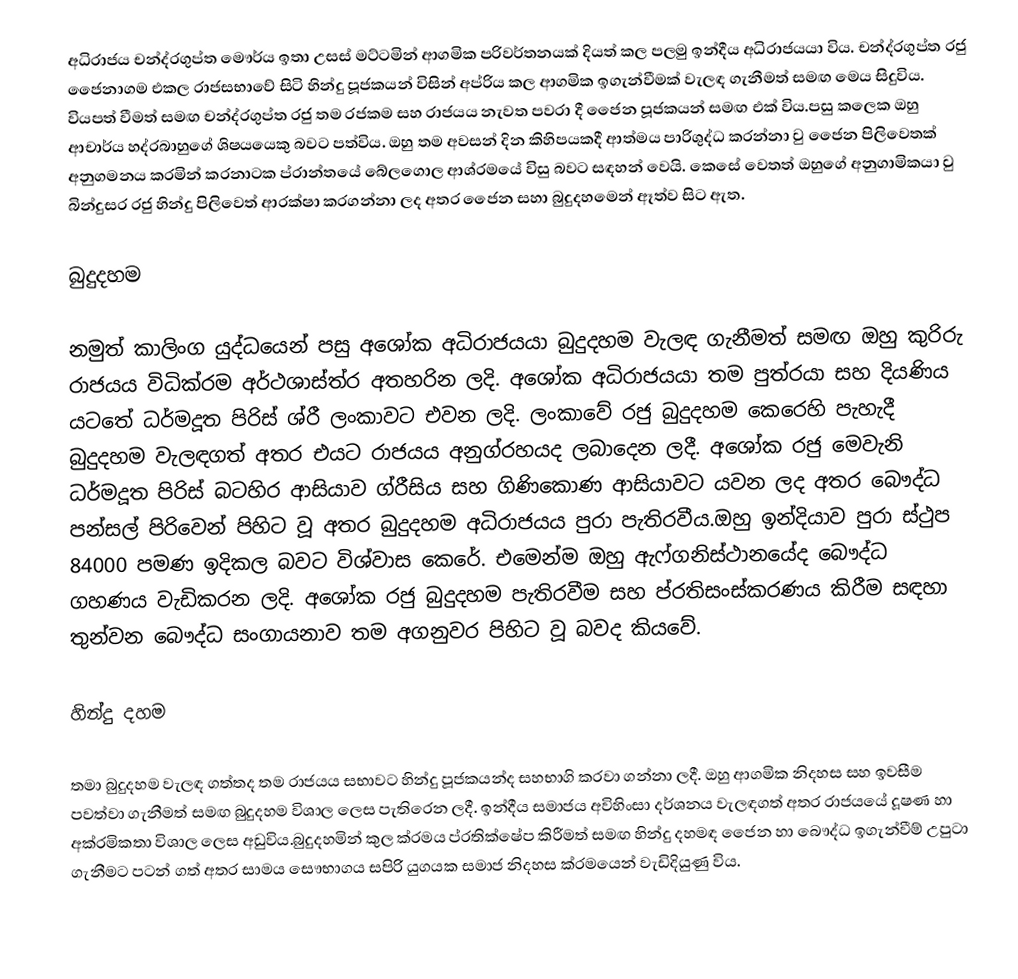
අධිරාජය චන්ද්රගුප්ත මෞර්ය ඉතා උසස් මට්ටමින් ආගමික පරිවර්තනයක් දියත් කල පලමු ඉන්දීය අධිරාජයයා විය. චන්ද්රගුප්ත රජු ජෛනාගම  එකල රාජසභාවේ සිටි හින්දු පූජකයන් විසින් අප්රිය කල ආගමික ඉගැන්වීමක් වැලඳ ගැනීමත් සමඟ මෙය සිදුවිය. වියපත් වීමත් සමඟ චන්ද්රගුප්ත රජු තම රජකම සහ රාජයය නැවත පවරා දී ජෛන පූජකයන් සමඟ එක් විය.පසු කලෙක ඔහු ආචාර්ය හද්රබාහුගේ ශිෂයයෙකු බවට පත්විය. ඔහු තම අවසන් දින කිහිපයකදී ආත්මය පාරිශුද්ධ කරන්නා වු ජෛන පිලිවෙතක් අනුගමනය කරමින් කරනාටක ප්රාන්තයේ බේලගොල ආශ්රමයේ විසු බවට සඳහන් වෙයි. කෙසේ වෙතත් ඔහුගේ අනුගාමිකයා වු බින්දුසර රජු හින්දු පිලිවෙත් ආරක්ෂා කරගන්නා ලද අතර ජෛන සහා බුදුදහමෙන් ඈත්ව සිට ඇත.

බුදුදහම

නමුත් කාලිංග යුද්ධයෙන් පසු අශෝක අධිරාජයයා බුදුදහම වැලඳ ගැනීමත් සමඟ ඔහු කුරිරු රාජයය විධික්රම අර්ථශාස්ත්ර අතහරින ලදි. අශෝක අධිරාජයයා තම පුත්රයා සහ දියණිය යටතේ ධර්මදූත පිරිස් ශ්රී ලංකාවට එවන ලදි. ලංකාවේ රජු බුදුදහම කෙරෙහි පැහැදී බුදුදහම වැලඳගත් අතර එයට රාජයය අනුග්රහයද ලබාදෙන ලදී. අශෝක රජු මෙවැනි ධර්මදූත පිරිස් බටහිර ආසියාව ග්රීසිය සහ ගිණිකොණ ආසියාවට යවන ලද අතර බෞද්ධ පන්සල් පිරිවෙන් පිහිට වූ අතර බුදුදහම අධිරාජයය පුරා පැතිරවීය.ඔහු ඉන්දියාව පුරා ස්ථුප 84000 පමණ ඉදිකල බවට විශ්වාස කෙරේ. එමෙන්ම ඔහු ඇෆ්ගනිස්ථානයේද බෞද්ධ ගහණය වැඩිකරන ලදි. අශෝක රජු බුදුදහම පැතිරවීම සහ ප්රතිසංස්කරණය කිරීම සඳහා තුන්වන බෞද්ධ සංගායනාව තම අගනුවර පිහිට වූ බවද කියවේ.

හින්දු දහම

තමා බුදුදහම වැලඳ ගත්තද තම රාජයය සභාවට හින්දු පූජකයන්ද සහභාගි කරවා ගන්නා ලදී. ඔහු ආගමික නිදහස සහ ඉවසීම පවත්වා ගැනීමත් සමඟ බුදුදහම විශාල ලෙස පැතිරෙන ලදී. ඉන්දීය සමාජය අවිහිංසා දර්ශනය වැලඳගත් අතර රාජයයේ දූෂණ හා අක්රමිකතා විශාල ලෙස අඩුවිය.බුදුදහමින් කුල ක්රමය ප්රතික්ෂේප කිරීමත් සමඟ හින්දු දහමඳ ජෛන හා බෞද්ධ ඉගැන්වීම් උපුටා ගැනීමට පටන් ගත් අතර සාමය සෞභාගය සපිරි යුගයක සමාජ නිදහස ක්රමයෙන් වැඩිදියුණු විය.